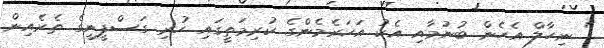
" ނިހާލް އެހެން ބުނުމާއި އެކު އަހަރެމެންގެ ކުރިމަތީގައި ހުރި ގަސްފީނީގެ ތެރެއިން